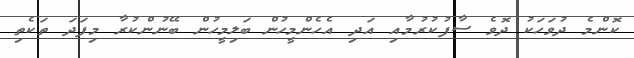
ކޮންމެ ދުވަހަކު ދޮވެ ސާފުކުރުމާއި އަދި އެހެންމީހުން ބަލިމީހުން ބޭނުންކުރާ މިފަދަ ތަކެތި